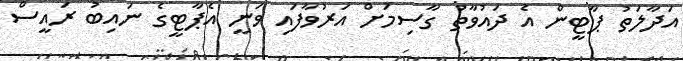
އަދާލަތު ޕާޓީން އެ ދައުވާތު ގާސިމަށް އަރުވާފައި ވަނީ އެޕާޓީގެ ނައިބު ރައީސް